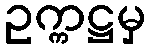
ဥက္ကဋ္ဌမှ